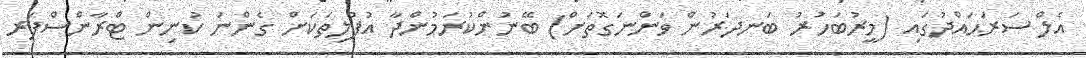
އެލް ސަރަޙައްދުގައި (މީރުބަހުރު ބަނދަރުން ވަންނަގޮތަށް) ބޭނުންކުރަމުންދާ އުފުލިތަކަށް ގެންނަ ކުނިން ޓްރާންސްފަރ